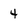
Character: 4